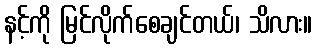
နင့်ကို မြင်လိုက်စေချင်တယ်၊ သိလား။